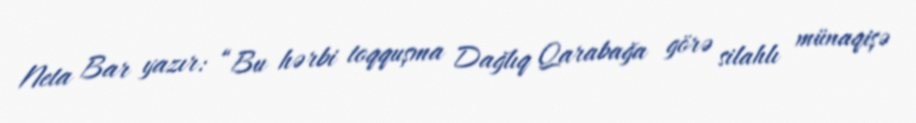
Neta Bar yazır: “Bu hərbi toqquşma Dağlıq Qarabağa görə silahlı münaqişə